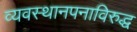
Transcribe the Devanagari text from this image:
व्यवस्थानपनाविरुद्ध